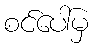
စင်ပေါ်မှ